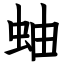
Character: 蚰